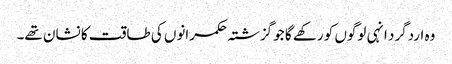
وہ اردگرد انہی لوگوں کو رکھے گا جو گزشتہ حکمرانوں کی طاقت کا نشان تھے۔